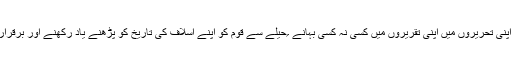
سید احمد خاں نے بار بار اپنی تحریروں میں اپنی تقریروں میں کسی نہ کسی بہانے ؍حیلے سے قوم کو اپنے اسلاف کی تاریخ کو پڑھنے یاد رکھنے اور برقرار رکھنے پر زور دیا ہے ۔